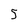
Character: 5